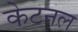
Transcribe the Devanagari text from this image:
केटनल